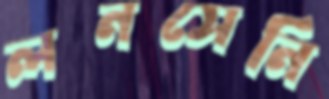
লনসেনি